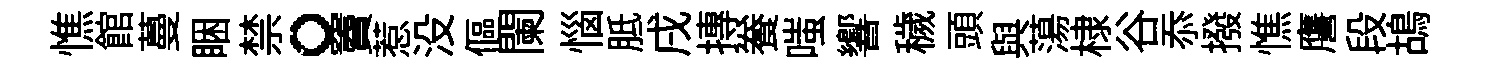
憔館蔓睏禁。竇惹没傴闌惱胝戌摶飬嗤響穢頭與蕩棣谷忝撥憔譍段鴣